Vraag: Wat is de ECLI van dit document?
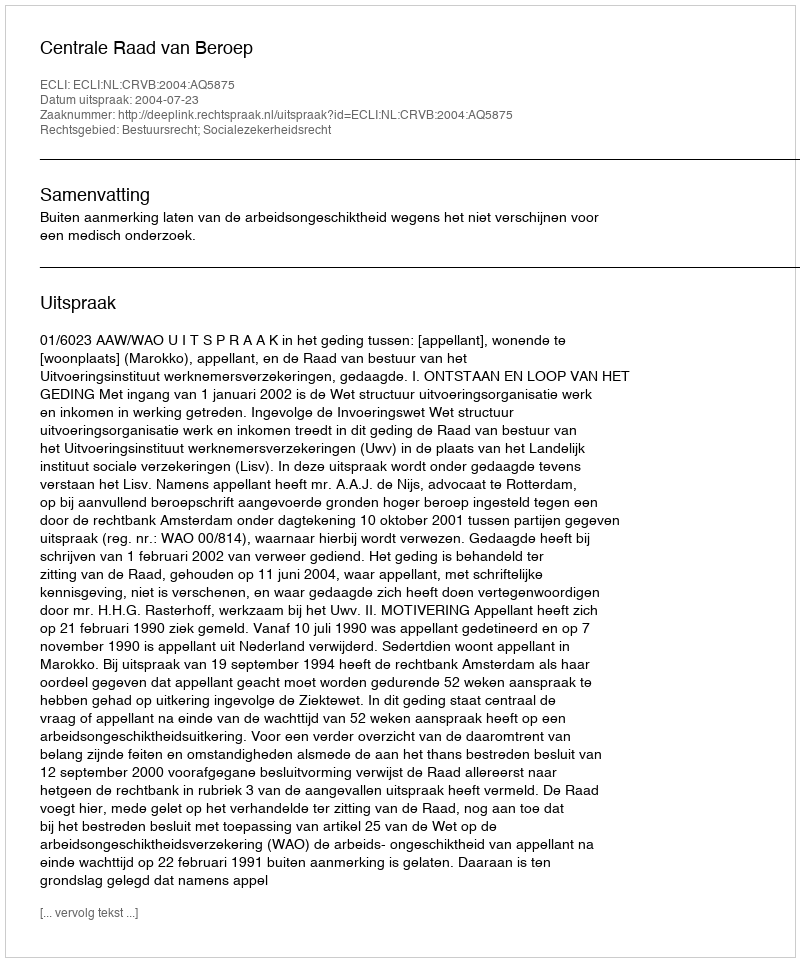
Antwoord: ECLI:NL:CRVB:2004:AQ5875